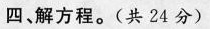
四、解方程。(共24分)